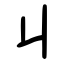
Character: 丩